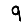
Digit: 9